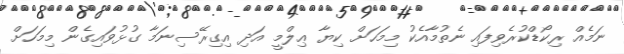
ނަމެއް ރިކޯޑްކުރެވިފައި ނެތުމާއެކު މިމަހަށް ކިޔާ ޢިލްމީ އަދި އިގިރޭސިނަމާ ގުޅުވައިގެން މިމަހަށް